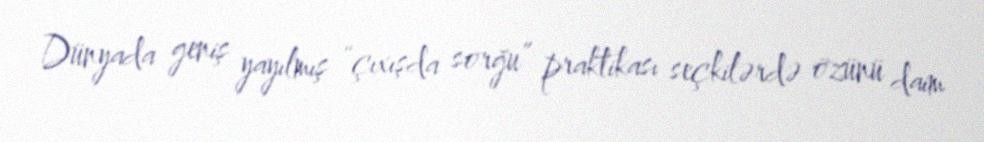
Dünyada geniş yayılmış “çıxışda sorğu” praktikası seçkilərdə özünü daim